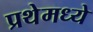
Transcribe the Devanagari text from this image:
प्रथेमध्ये